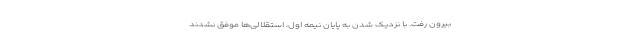
بیرون رفت. با نزدیک شدن به پایان نیمه اول، استقلالی‌ها موفق نشدند